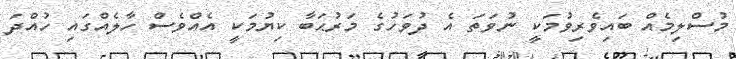
މުސްލިމެއް ބައިވެރިވުމަކީ ނުވަތަ އެ ދުވަހުގެ މަރުޙަބާ ކިޔުމަކީ އެއްވެސް ހާލެއްގައި ހުއްދަ